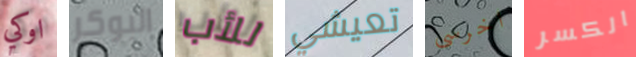
اوكي البوكر للأب تعيشي اخرسى الكسر